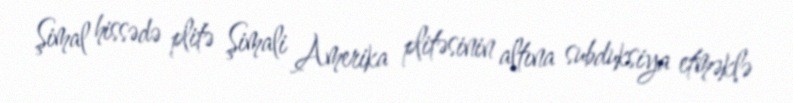
Şimal hissədə plitə Şimali Amerika plitəsinin altına subduksiya etməklə